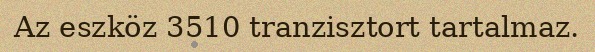
Az eszköz 3510 tranzisztort tartalmaz.